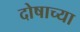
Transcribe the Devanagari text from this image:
दोषाच्या